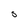
Character: S